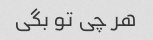
هر چی تو بگی